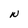
Character: W